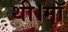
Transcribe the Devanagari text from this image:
थी।माॅ